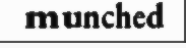
munched